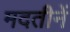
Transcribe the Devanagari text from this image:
मदतीनें